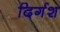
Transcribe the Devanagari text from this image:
दिर्गश